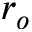
r _ { o }